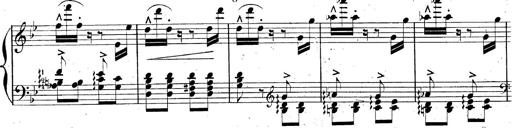
Title: AnnÃ©es de pÃ¨lerinage II, SupplÃ©ment
Composer: Franz Liszt